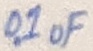
Text: 0.1uF